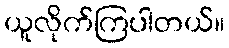
ယူလိုက်ကြပါတယ်။